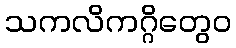
သကလိကဂ္ဂိတွေဝ